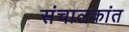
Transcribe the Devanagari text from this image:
संचालकांत